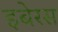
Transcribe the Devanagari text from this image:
इबेरस